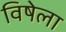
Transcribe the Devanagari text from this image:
विषेला